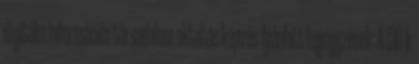
digitális információs társadalom oktatás képzés Ajánlott bejegyzések: A CIO-k